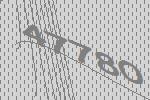
47780